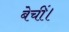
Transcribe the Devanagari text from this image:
बेचीं।